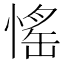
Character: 愮